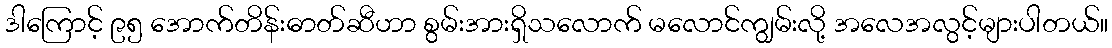
ဒါကြောင့် ၉၅ အောက်တိန်းဓာတ်ဆီဟာ စွမ်းအားရှိသလောက် မလောင်ကျွမ်းလို့ အလေအလွင့်များပါတယ်။